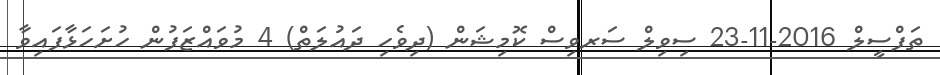
ތަފްސީލް 2016-11-23 ސިވިލް ސަރވިސް ކޮމިޝަން (ދިވެހި ދައުލަތް) 4 މުވައްޒަފުން ހުށަހަޅާފައިވާ